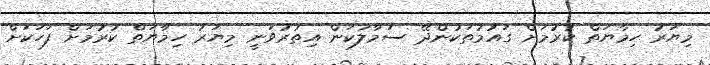
މިޔަރު ހިމާޔަތް ކުރުމަށް ގައުމުތަކުންދޭ ސަމާލުކަން އިތުރުވަނީ މިޔަރު ހިމާޔަތް ކުރުމަށް ފަހަކަށް